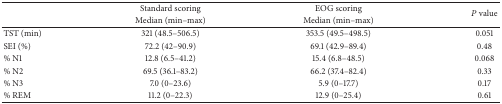
<table><thead><tr><td><b> </b></td><td><b>Standard scoring</b></td><td><b>EOG scoring</b></td><td rowspan="2"><b><i>P</i> value</b></td></tr><tr><td><b> </b></td><td><b>Median (min–max)</b></td><td><b>Median (min–max)</b></td></tr></thead><tbody><tr><td>TST (min)</td><td>321 (48.5–506.5)</td><td>353.5 (49.5–498.5)</td><td>0.051</td></tr><tr><td>SEI (%)</td><td>72.2 (42–90.9)</td><td>69.1 (42.9–89.4)</td><td>0.48</td></tr><tr><td>% N1</td><td>12.8 (6.5–41.2)</td><td>15.4 (6.8–48.5) </td><td>0.068</td></tr><tr><td>% N2</td><td>69.5 (36.1–83.2)</td><td>66.2 (37.4–82.4)</td><td>0.33</td></tr><tr><td>% N3</td><td>7.0 (0–23.6)</td><td>5.9 (0–17.7)</td><td>0.17</td></tr><tr><td>% REM</td><td>11.2 (0–22.3)</td><td>12.9 (0–25.4)</td><td>0.61</td></tr></tbody></table>